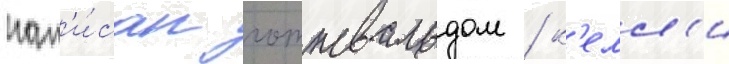
нап'и́сан готтвальдом / к'елл'и